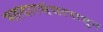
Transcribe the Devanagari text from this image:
मतदारसंघापासून